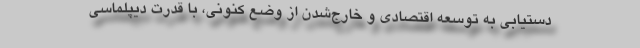
دستیابی به توسعه اقتصادی و خارج‌شدن از وضع کنونی، با قدرت دیپلماسی